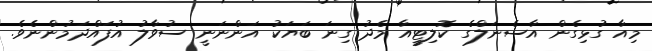
މިއާ ގުޅިގެން އާސެނަލްގެ ކޮލިޓީއާ މެދު ގިނަ ބަޔަކު އަންނަނީ ސުވާލު އުފައްދަމުންނެވެ.